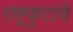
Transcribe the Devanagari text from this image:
राष्ट्रकुटांचे